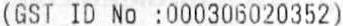
(GST ID NO :000306020352)